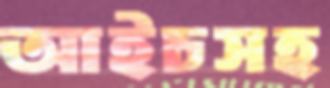
আইচসহ